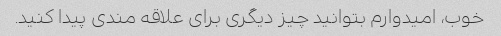
خوب، امیدوارم بتوانید چیز دیگری برای علاقه مندی پیدا کنید.